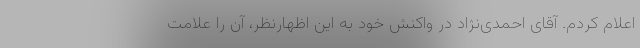
اعلام کردم. آقای احمدی‌نژاد در واکنش خود به این اظهارنظر، آن را علامت